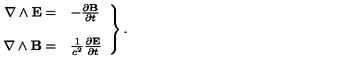
\left. \begin{array} { r l } { \nabla \wedge { \bf E } = } & { - { \frac { \partial { \bf B } } { \partial t } } } \\ { } & { } \\ { \nabla \wedge { \bf B } = } & { \frac { 1 } { c ^ { 2 } } { \frac { \partial { \bf E } } { \partial t } } } \\ \end{array} \right\} .